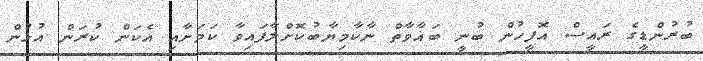
ބުރުންޑީގެ ރައީސް އޮފީހުން ބުނީ ބަޣާވާތް ނާކާމިޔާބުކޮށްލާފައިވާ ކަމަށާއި އެކަން ކުރަން އުޅުން